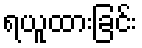
ရယူထားခြင်း